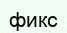
фикс